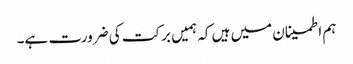
ہم اطمینان میں ہیں کہ ہمیں برکت کی ضرورت ہے۔